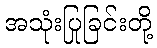
အသုံးပြုခြင်းတို့